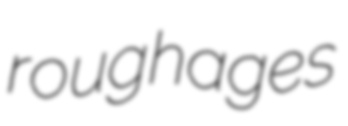
roughages